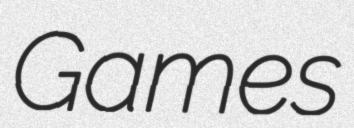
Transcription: Games